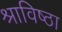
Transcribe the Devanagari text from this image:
श्राविष्ठा